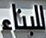
للبناء